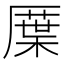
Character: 𠪸